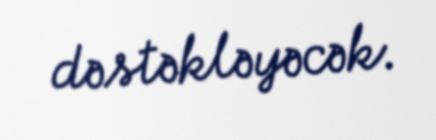
dəstəkləyəcək.